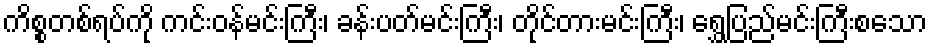
ကိစ္စတစ်ရပ်ကို ကင်းဝန်မင်းကြီး၊ ခန်းပတ်မင်းကြီး၊ တိုင်တားမင်းကြီး၊ ရွှေပြည်မင်းကြီးစသော